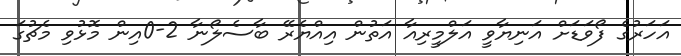
އަހަރުގެ ފޯވަޑަށް އަނިޔާވީ އަލްމީރިއާ އަތުން އިއްޔެރޭ ބާސެލޯނާ 2-0އިން މޮޅުވި މެޗުގަ